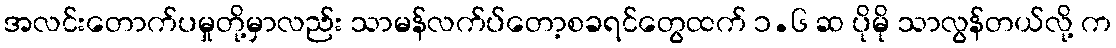
အလင်းတောက်ပမှုတို့မှာလည်း သာမန်လက်ပ်တော့စခရင်တွေထက် ၁.၆ ဆ ပိုမို သာလွန်တယ်လို့ က